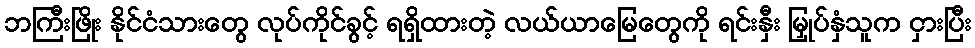
ဘကြီးဖြိုး နိုင်ငံသားတွေ လုပ်ကိုင်ခွင့် ရရှိထားတဲ့ လယ်ယာမြေတွေကို ရင်းနှီး မြှုပ်နှံသူက ငှားပြီး